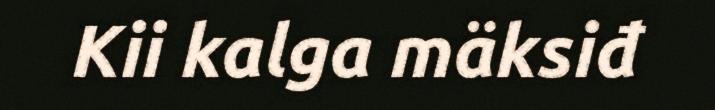
Kii kalga mäksiđ